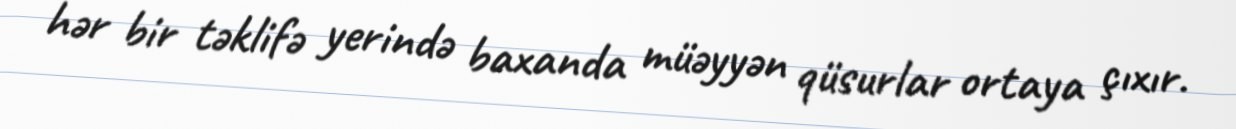
hər bir təklifə yerində baxanda müəyyən qüsurlar ortaya çıxır.